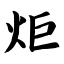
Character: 炬